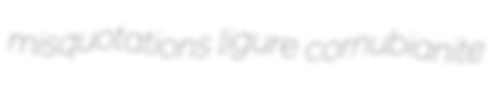
misquotations ligure cornubianite